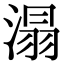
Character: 溻